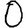
Digit: 0